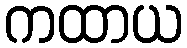
ကထာယ